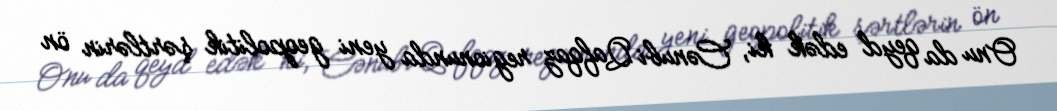
Onu da qeyd edək ki, Cənubi Qafqaz regionunda yeni geopolitik şərtlərin ön